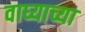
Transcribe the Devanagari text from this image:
वाघ्याच्या